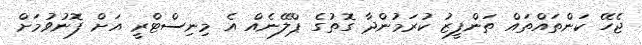
ޖެހޭ ކަންތައްތައް ތަންފީޒު ކުރަމުންދާ ގޮތުގެ ޕްލޭނެއް އެ މިނިސްޓްރީ އަށް ފޮނުވުމަށް